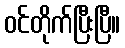
ဝင်တိုက်ပြီးပြီ။